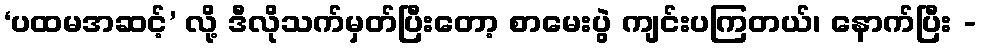
‘ပထမအဆင့်’ လို့ ဒီလိုသက်မှတ်ပြီးတော့ စာမေးပွဲ ကျင်းပကြတယ်၊ နောက်ပြီး -